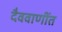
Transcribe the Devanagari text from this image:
दैववाणींत